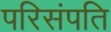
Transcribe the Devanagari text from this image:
परिसंपति